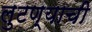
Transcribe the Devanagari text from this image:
लुटण्याची